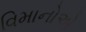
વિમાનોએ